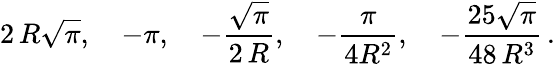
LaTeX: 2\, R\sqrt\pi,\quad-\pi,\quad-\frac{\sqrt\pi}{2\, R},\quad-\frac{\pi}{4R^{2}},\quad-\frac{25\sqrt\pi}{48\, R^{3}}\, {.}